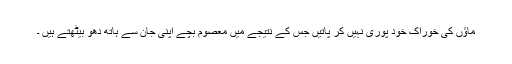
ماؤں کی خوراک خود پوری نہیں کر پاتیں جس کے نتیجے میں معصوم بچے اپنی جان سے ہاتھ دھو بیٹھتے ہیں ۔